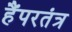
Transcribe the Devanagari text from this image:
हैंपरतंत्र